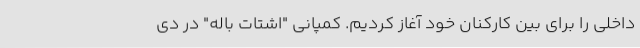
داخلی را برای بین کارکنان خود آغاز کردیم. کمپانی "اشتات باله" در دی